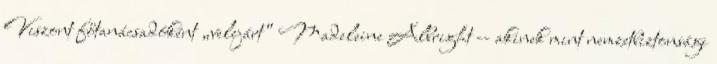
Viszont főtanácsadóként „velejárt” Madeleine Albright -- akinek mint nemzetbiztonsági